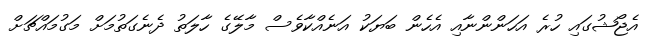
އެޖޯޝުގައި ހުރެ އަހަންންނާއި އެހެން ބަޔަކު އަނެއްކާވެސް މާލޭގެ ހާލަތު ދެނެގަތުމަށް މަގުމައްޗަށް